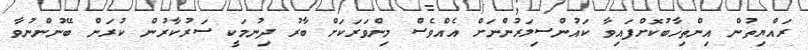
ރައްޔިތުން އިންތިޚާބުކޮށްފައިވާ ކައުންސިލަރުންނަށް އެއްވެސް މިންވަރަކަށް ބާރު ދިނުމަކީ ސަރުކާރުން ކުރަން ބޭނުންނުވާ